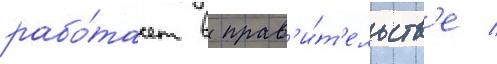
рабо́тает в прав'и́т'ельств'е /